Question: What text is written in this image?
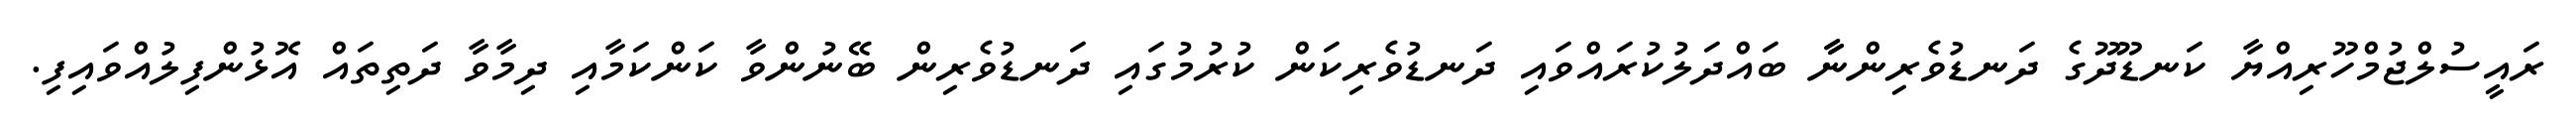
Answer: ރައީސުލްޖުމްހޫރިއްޔާ ކަނޑޫދޫގެ ދަނޑުވެރިންނާާ ބައްދަލުކުރައްވައި ދަނޑުވެރިކަން ކުރުމުގައި ދަނޑުވެރިން ބޭނުންވާ ކަންކަމާއި ދިމާވާ ދަތިތައް އޮޅުންފިލުއްވައިފި.